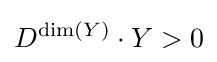
D^{{\text{dim}}(Y)}\cdot Y>0